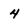
Character: 4